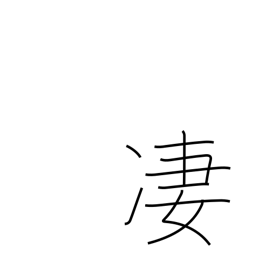
Meaning: horrible